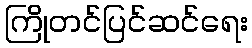
ကြိုတင်ပြင်ဆင်ရေး